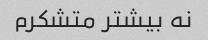
نه بیشتر متشکرم